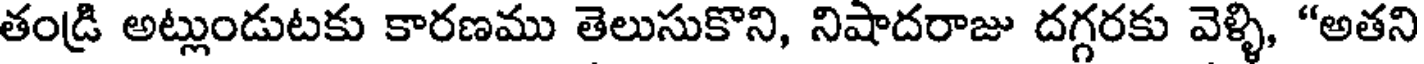
తండ్రి అట్లుండుటకు కారణము తెలుసుకొని, నిషాదరాజు దగ్గరకు వెళ్ళి, "అతని